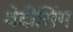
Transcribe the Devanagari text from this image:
वेदीसिंग